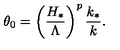
\theta _ { 0 } = \left( \frac { H _ { * } } { \Lambda } \right) ^ { p } \frac { k _ { * } } { k } .